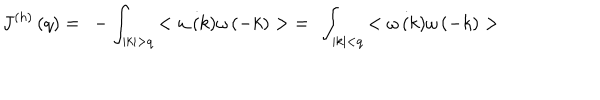
J ^ { ( h ) } \left( q \right) = ~ - \int _ { | k | > q } { < \dot { \omega \left( k \right) } \omega \left( - k \right) > } = ~ \int _ { | k | < q } { < \dot { \omega \left( k \right) } \omega \left( - k \right) > }